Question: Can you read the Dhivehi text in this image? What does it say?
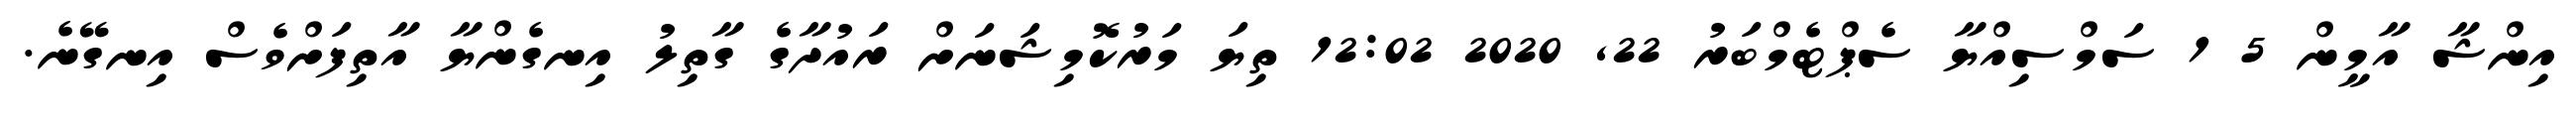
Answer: އިންޝާ އާމީން 5 1 ސަމްސިއްޔާ ސެޕްޓެމްބަރު 22, 2020 12:02 ތިޔަ މަރުކޮމިޝަނަށް ރައުދާގެ ގާތިލު އިނގެންޔާ އާތިފަށްވެސް އިނގޭނެ.